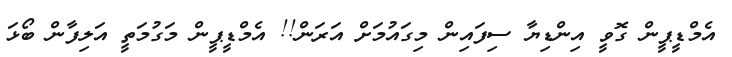
އެމްޑީޕީން ގޮވީ އިންޑިޔާ ސިފައިން މިގަައުމަށް އަރަން!! އެމްޑީޕީން މަގުމަތީ އަލިފާން ބޯޅަ